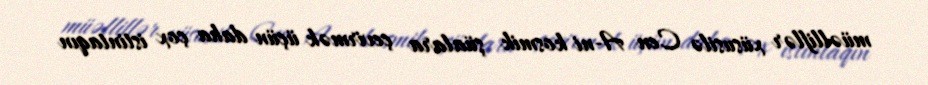
müəlliflər xüsusilə Cen A-ni kosmik şüalara çevirmək üçün daha çox istintaqın